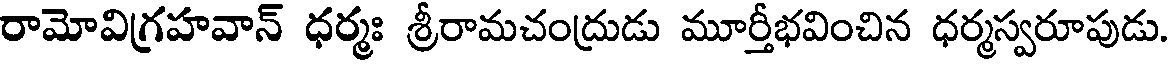
రామోవిగ్రహవాన్ ధర్మః శ్రీరామచంద్రుడు మూర్తీభవించిన ధర్మస్వరూపుడు.